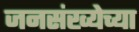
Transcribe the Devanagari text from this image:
जनसंख्येच्या